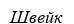
Швейк